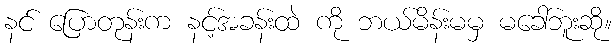
နင် ပြောတုန်းက နင့်အခန်းထဲ ကို ဘယ်မိန်းမမှ မခေါ်ဘူးဆို။